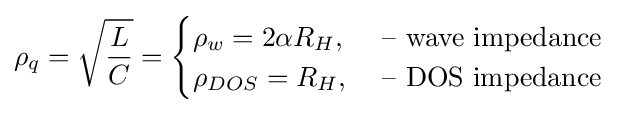
\rho _{q}={\sqrt {\frac {L}{C}}}={\begin{cases}\rho _{w}=2\alpha R_{H},&{\mbox{ – wave impedance }}\\\rho _{DOS}=R_{H},&{\mbox{ – DOS impedance }}\end{cases}}